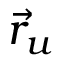
{ \vec { r } } _ { u }